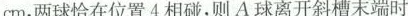
cm，两球恰在位置4相碰，则A球离开斜槽末端时